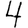
Digit: 4